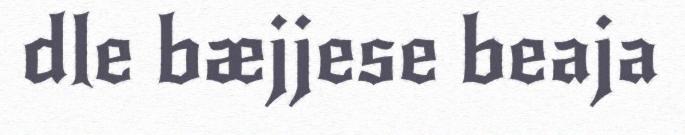
dle bæjjese beaja